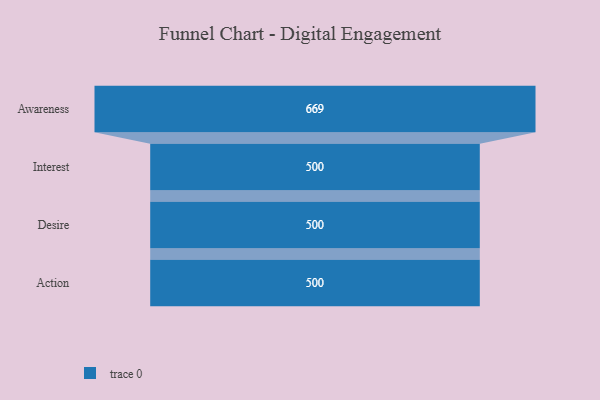
{"axis": {"x": "Stage", "y": "Value"}, "legend": [""], "data": [{"x": "Awareness", "y": 669.0, "type": ""}, {"x": "Interest", "y": 500, "type": ""}, {"x": "Desire", "y": 500, "type": ""}, {"x": "Action", "y": 500, "type": ""}]}